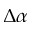
\Delta \alpha